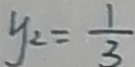
y _ { 2 } = \frac { 1 } { 3 }